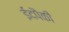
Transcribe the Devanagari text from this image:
ईदपैकी